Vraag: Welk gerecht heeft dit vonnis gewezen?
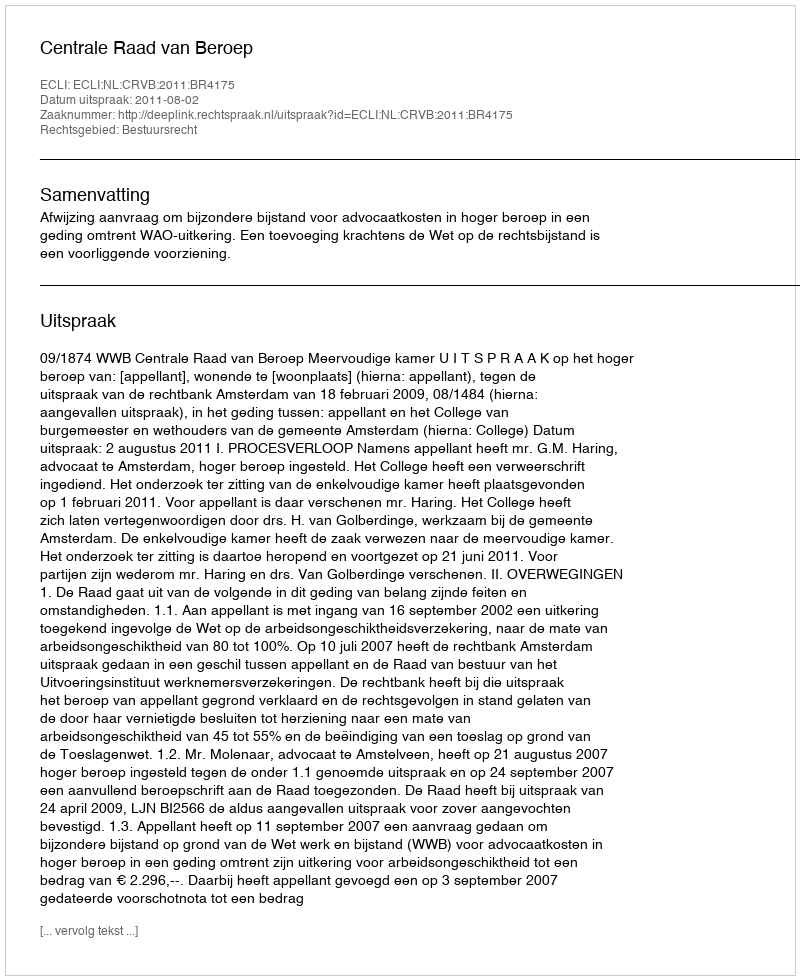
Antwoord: Centrale Raad van Beroep